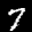
Label: 7